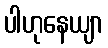
ပါဟုနေယျာ